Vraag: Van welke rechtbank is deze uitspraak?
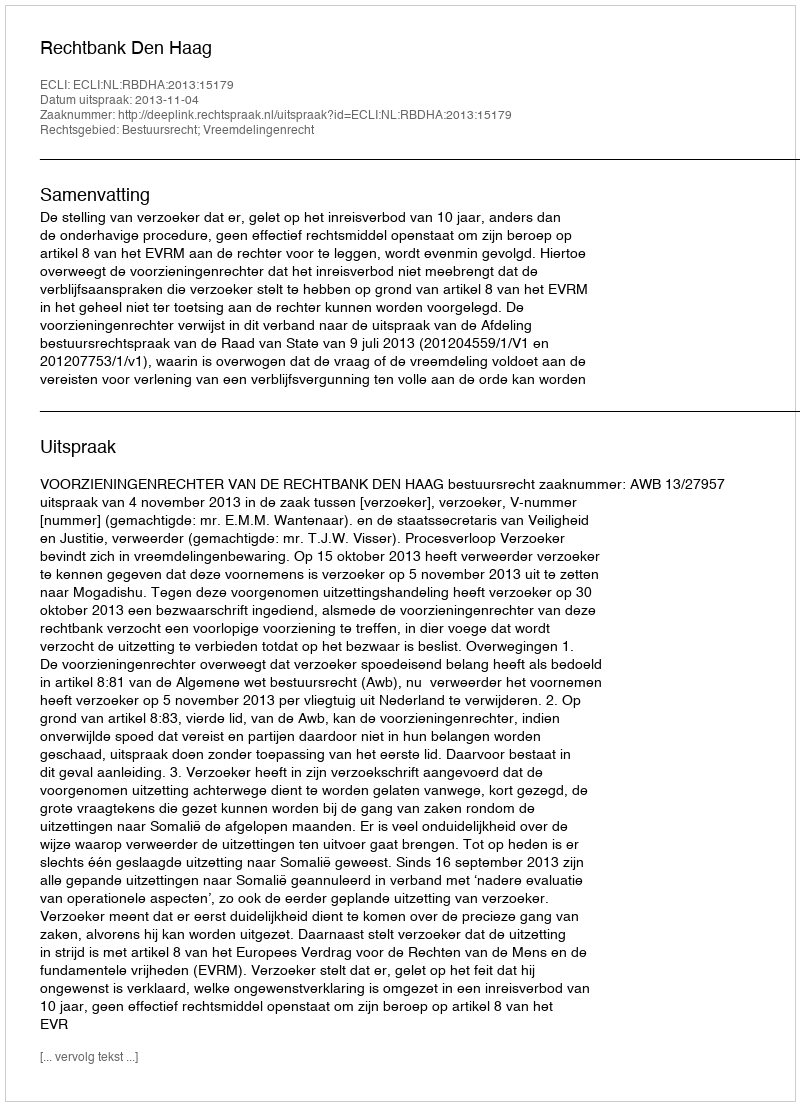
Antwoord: Rechtbank Den Haag